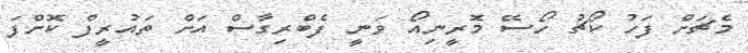
މެޗަށް ފަހު ކޯޗު ހޯސޭ މޮރީނިއޯ ވަނީ ފެބްރިގާސް އަށް ތައުރީފް ކޮށްފަ